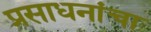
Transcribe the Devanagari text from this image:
प्रसाधनांचा